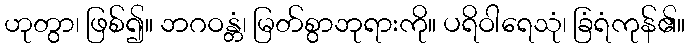
ဟုတွာ၊ ဖြစ်၍။ ဘဂဝန္တံ၊ မြတ်စွာဘုရားကို။ ပရိဝါရေသုံ၊ ခြံရံကုန်၏။